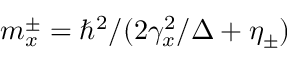
m _ { x } ^ { \pm } = \hbar ^ { 2 } / ( 2 \gamma _ { x } ^ { 2 } / \Delta + \eta _ { \pm } )